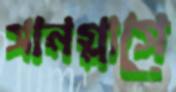
সানগ্লাসে